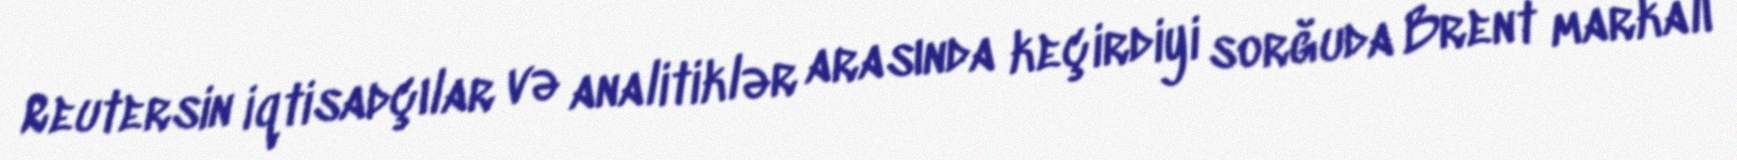
Reutersin iqtisadçılar və analitiklər arasında keçirdiyi sorğuda Brent markalı